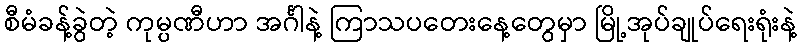
စီမံခန့်ခွဲတဲ့ ကုမ္ပဏီဟာ အင်္ဂါနဲ့ ကြာသပတေးနေ့တွေမှာ မြို့အုပ်ချုပ်ရေးရုံးနဲ့